Annual statistical returns and brief notes on vaccination in Bengal - 1909-1929
Year: 1909
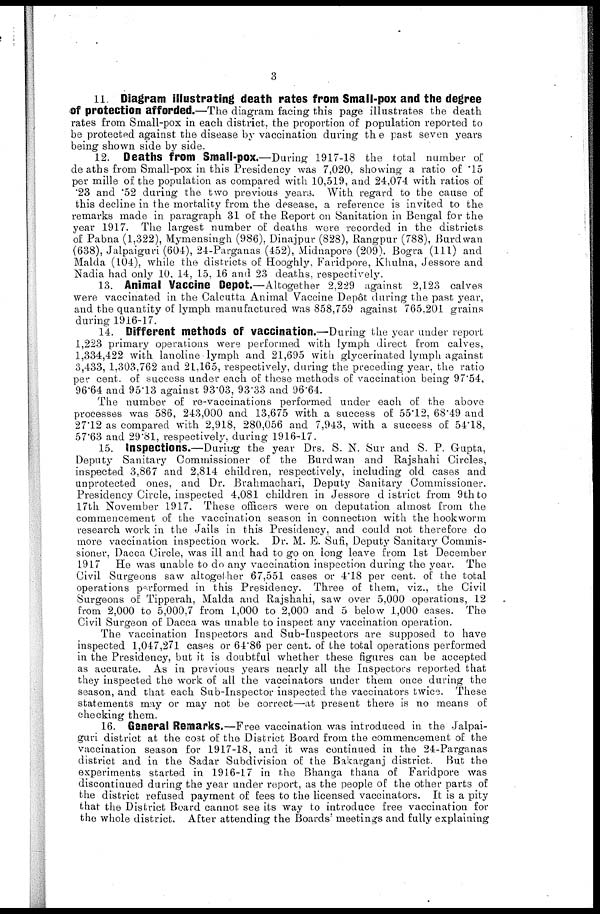
3
11. Diagram illustrating death rates from Small-pox and the degree
of protection afforded.—The diagram facing this page illustrates the death
rates from Small-pox in each district, the proportion of population reported to
be protected against the disease by vaccination during the past seven years
being shown side by side.
12. Deaths from Small-pox.—During 1917-18 the total number of
deaths from Small-pox in this Presidency was 7,020, showing a ratio of .15
per mille of the population as compared with 10,519, and 24,074 with ratios of
.23 and .52 during the two previous years. With regard to the cause of
this decline in the mortality from the desease, a reference is invited to the
remarks made in paragraph 31 of the Report on Sanitation in Bengal for the
year 1917. The largest number of deaths were recorded in the districts
of Pabna (1,322), Mymensingh (986), Dinajpur (828), Rangpur (788), Burdwan
(638), Jalpaiguri (604), 24-Parganas (452), Midnapore (209), Bogra (111) and
Malda (104), while the districts of Hooghly, Faridpore, Khulna, Jessore and
Nadia had only 10, 14, 15, 16 and 23 deaths, respectively.
13. Animal Vaccine Depot.—Altogether 2,229 against 2,123 calves
were vaccinated in the Calcutta Animal Vaccine Depôt during the past year,
and the quantity of lymph manufactured was 858,759 against 765,201 grains
during 1916-17.
14. Different methods of vaccination.—During the year under report
1,223 primary operations were performed with lymph direct from calves,
1,334,422 with lanoline lymph and 21,695 with glycerinated lymph against
3,433, 1,303,762 and 21,165, respectively, during the preceding year, the ratio
per cent. of success under each of these methods of vaccination being 97'54,
96.64 and 95.13 against 93.03, 93.33 and 96.64.
The number of re-vaccinations performed under each of the above
processes was 586, 243,000 and 13,675 with a success of 55.12, 68.49 and
27.12 as compared with 2,918, 280,056 and 7,943, with a success of 54.18,
57.63 and 29.81, respectively, during 1916-17.
15. Inspections.—During the year Drs. S. N. Sur and S. P. Gupta,
Deputy Sanitary Commissioner of the Burdwan and Rajshahi Circles,
inspected 3,867 and 2,814 children, respectively, including old cases and
unprotected ones, and Dr. Brahmachari, Deputy Sanitary Commissioner.
Presidency Circle, inspected 4,081 children in Jessore district from 9th to
17th November 1917. These officers were on deputation almost from the
commencement of the vaccination season in connection with the hookworm
research work in the Jails in this Presidency, and could not therefore do
more vaccination inspection work. Dr. M. E. Sufi, Deputy Sanitary Commis-
sioner, Dacca Circle, was ill and had to go on long leave from 1st December
1917 He was unable to do any vaccination inspection during the year. The
Civil Surgeons saw altogether 67,551 cases or 4.18 per cent. of the total
operations performed in this Presidency. Three of them, viz., the Civil
Surgeons of Tipperah, Malda and Rajshahi, saw over 5,000 operations, 12
from 2,000 to 5,000,7 from 1,000 to 2,000 and 5 below 1,000 cases. The
Civil Surgeon of Dacca was unable to inspect any vaccination operation.
The vaccination Inspectors and Sub-Inspectors are supposed to have
inspected 1,047,271 cases or 64.86 per cent. of the total operations performed
in the Presidency, but it is doubtful whether these figures can be accepted
as accurate. As in previous years nearly all the Inspectors reported that
they inspected the work of all the vaccinators under them once during the
season, and that each Sub-Inspector inspected the vaccinators twice. These
statements may or may not be correct—at present there is no means of
checking them.
16. General Remarks.—Free vaccination was introduced in the Jalpai-
guri district at the cost of the District Board from the commencement of the
vaccination season for 1917-18, and it was continued in the 24-Parganas
district and in the Sadar Subdivision of the Bakarganj district. But the
experiments started in 1916-17 in the Bhanga thana of Faridpore was
discontinued during the year under report, as the people of the other parts of
the district refused payment of fees to the licensed vaccinators. It is a pity
that the District Board cannot see its way to introduce free vaccination for
the whole district. After attending the Boards' meetings and fully explaining